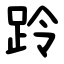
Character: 跉